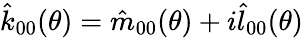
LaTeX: \hat{k}_{00}(\theta)=\hat{m}_{00}(\theta)+i\hat{l}_{00}(\theta)